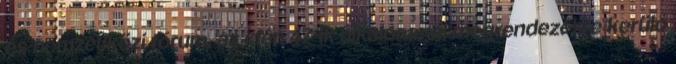
és nemzetközi fórum, az idén 47-ik alkalommal megrendezésre kerülő